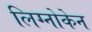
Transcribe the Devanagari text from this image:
लिग्नोकेन